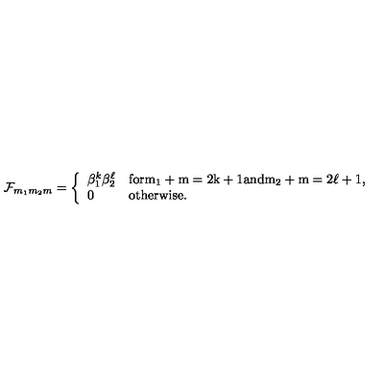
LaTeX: { \cal F } _ { m _ { 1 } m _ { 2 } m } = \left\{ \begin{array} { l l } { \beta _ { 1 } ^ { k } \beta _ { 2 } ^ { \ell } } & { \mathrm { f o r m _ 1 + m = 2 k + 1 a n d m _ 2 + m = 2 \ell + 1 , } } \\ { 0 } & { \mathrm { o t h e r w i s e . } } \\ \end{array} \right.